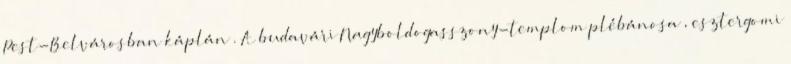
Pest-Belvárosban káplán . A budavári Nagyboldogasszony-templom plébánosa , esztergomi